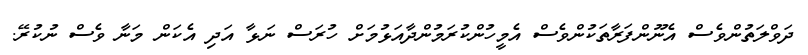
ދަވްލަތުންވެސް އެނޫންފަރާތަކުންވެސް އެމީހުންކުރަމުންދާއަޅުމަށް ހުރަސް ނަޅާ އަދި އެކަން މަނާ ވެސް ނުކުރޭ.